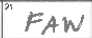
Transcription: FAW